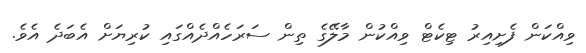
ވިއްކަން ފެށިއިރު ޓިކެޓް ވިއްކުން މާލޭގެ ތިން ސަރަހެއްދެއްގައި ކުރިޔަށް އެބަދެ އެވެ.